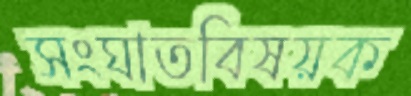
সংঘাতবিষয়ক